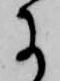
に